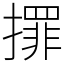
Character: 𢶀